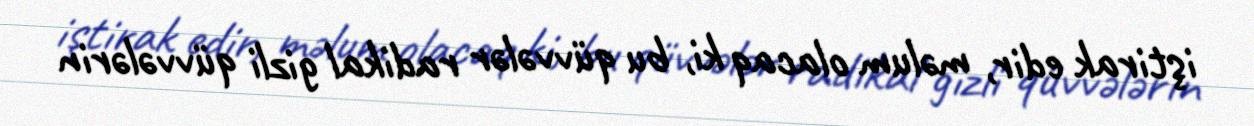
iştirak edir, məlum olacaq ki, bu qüvvələr radikal gizli qüvvələrin